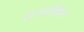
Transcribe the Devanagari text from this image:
इंटरमीडियट